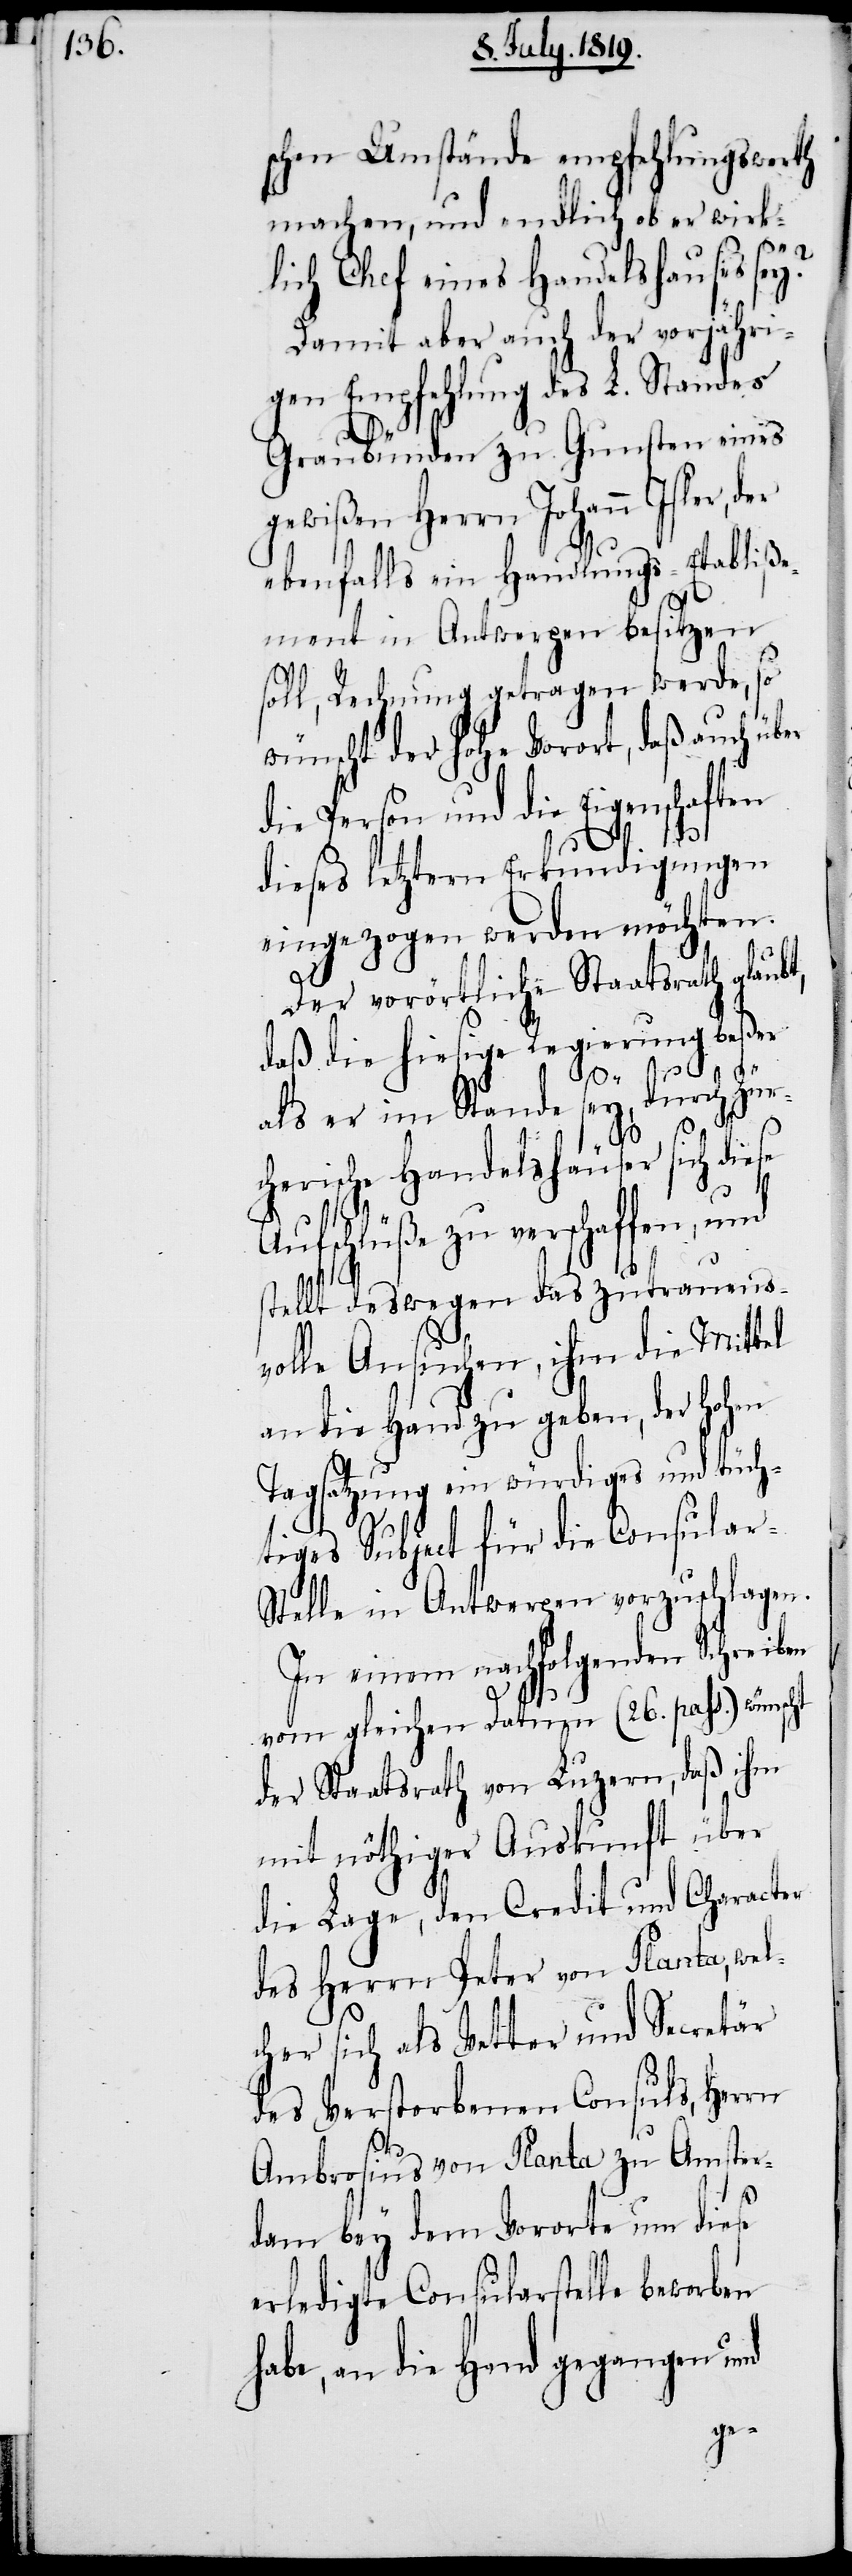
schen Umstände empfehlungswerth
machen, und endlich ob er wirk¬
lich Chef eines Handelshauses sey?
Damit aber auch der vorjähir¬
gen Empfehlung des L. Standes
Graubünden zu Gunsten eines
gewißen Herrn Johann Isler,
ebenfalls ein Handlungs-Etabliße¬
ment in Antwerpen besitzen
soll, Rechnung getragen werde, so
wünscht der hohe Vorort, daß auch über
die Person und die Eigenschaften
dieses letztern Erkundigungen
eingezogen werden möchten.
Der vorörtliche Staatsrath glaubt,
daß die hiesige Regierung beßer
als er im Stande sey, durch Zür¬
cherische Handelshäuser sich diese
Aufschlüße zu verschaffen, und
stellt deswegen das zutrauens¬
volle Ansuchen, ihm die Mittel
an die Hand zu geben, der hohen
Tagsatzung ein würdiges und tüch¬
tiges Subject für die Consular-S¬
telle in Antwerpen vorzuschlagen.
In einem nachfolgenden Schreiben
vom gleichen Datum (26. pass.) wünscht
der Staatsrath von Luzern, daß ihm
mit nöthiger Auskunft über
die Lage, den Credit und Character
des Herrn Peter von Planta, wel¬
cher sich als Vetter und Secretär
des Verstorbenen Consuls, Herrn
Ambrosius von Planta zu Amster¬
dam bey dem Vororte um diese
erledigte Consularstelle beworben
an die Hand gegangen und